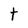
Character: t